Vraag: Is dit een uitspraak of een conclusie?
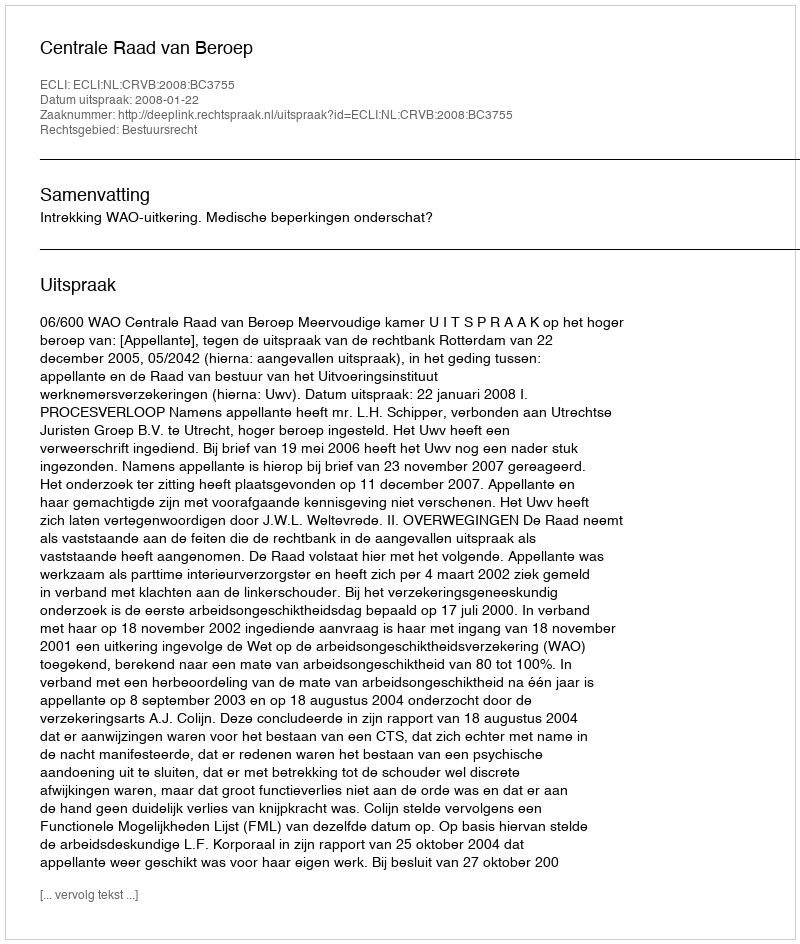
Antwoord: Uitspraak